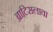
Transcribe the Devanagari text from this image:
ब्राटिसलावा